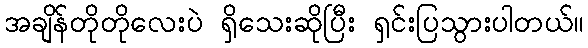
အချိန်တိုတိုလေးပဲ ရှိသေးဆိုပြီး ရှင်းပြသွားပါတယ်။